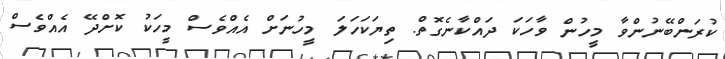
ކުރަންބޭނުންވާ މީހުން ވާހަކަ ދައްކާނެގޮތް. ތިޔަކަހަލަ މީހުނަށް އެއްވެސް މީހަކު ކޮށްދޭ އެއްވެސް